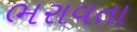
ભરાવતા